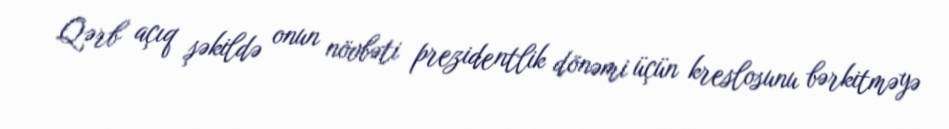
Qərb açıq şəkildə onun növbəti prezidentlik dönəmi üçün kreslosunu bərkitməyə